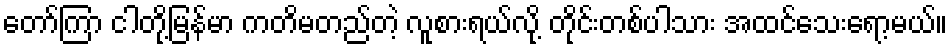
တော်ကြာ ငါတို့မြန်မာ ကတိမတည်တဲ့ လူစားရယ်လို့ တိုင်းတစ်ပါသား အထင်သေးရော့မယ်။